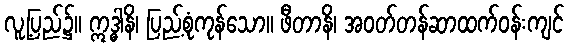
လူ့ပြည်၌။ ဣဒ္ဓါနိ၊ ပြည့်စုံကုန်သော။ ဖီတာနိ၊ အဝတ်တန်ဆာထက်ဝန်းကျင်